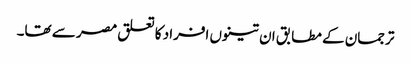
ترجمان کے مطابق ان تینوں افراد کا تعلق مصر سے تھا۔